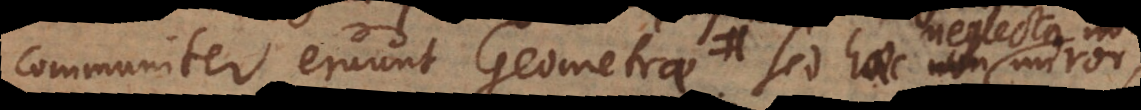
communiter eruunt Geometrae. Unde no